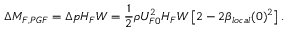
\Delta M _ { F , P G F } = \Delta p H _ { F } W = \frac { 1 } { 2 } \rho U _ { F 0 } ^ { 2 } H _ { F } W \left[ 2 - 2 \beta _ { l o c a l } ( 0 ) ^ { 2 } \right] .